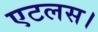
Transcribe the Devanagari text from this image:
एटलस।